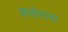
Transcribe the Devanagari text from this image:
कसेरास